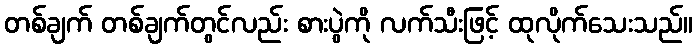
တစ်ချက် တစ်ချက်တွင်လည်း စားပွဲကို လက်သီးဖြင့် ထုလိုက်သေးသည်။